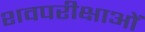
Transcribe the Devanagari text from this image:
शवपरीक्षाओं